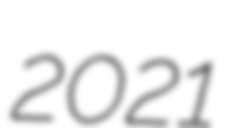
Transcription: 2021